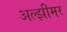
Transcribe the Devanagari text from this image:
अल्झीमर